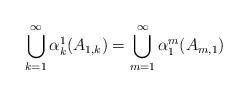
LaTeX: \begin{align*}\bigcup_{k=1}^{\infty} \alpha^1_k(A_{1,k}) = \bigcup_{m=1}^{\infty} \alpha^m_1(A_{m,1})\end{align*}